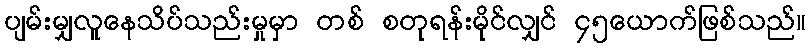
ပျမ်းမျှလူနေသိပ်သည်းမှုမှာ တစ် စတုရန်းမိုင်လျှင် ၄၅ယောက်ဖြစ်သည်။